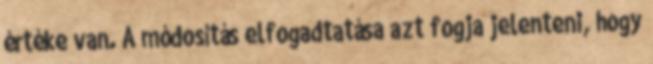
értéke van. A módosítás elfogadtatása azt fogja jelenteni, hogy